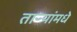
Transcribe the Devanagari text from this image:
ताऱ्यांमधे